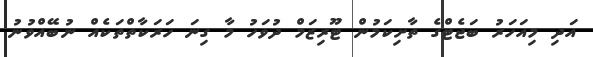
އަދި މިއަހަރު ބަޖެޓްގެ ތާށިކަމުން ޓޫރިޒަމް ދުވަހު މާ ގިނަ ހަރަކާތްތަކެއް ނުބޭއްވުނު